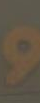
و